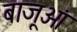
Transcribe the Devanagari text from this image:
बाजूओं